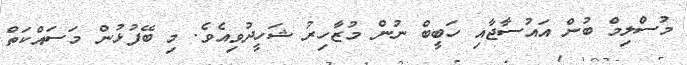
މުސްލިމް ބުން އައުސާޖާއި ހަބީބް ނުން މުޒާހިރު ޝަހީދުވިއެވެ. މި ބޭފުޅުން މަސައްކަތް